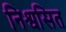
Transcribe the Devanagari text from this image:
निश्वसित